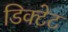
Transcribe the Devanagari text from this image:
डिक्टेट